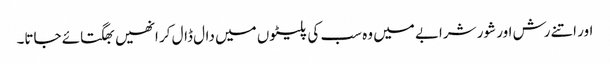
اور اتنے رش اور شور شرابے میں وہ سب کی پلیٹوں میں دال ڈال کر انھیں بھگتائے جاتا۔